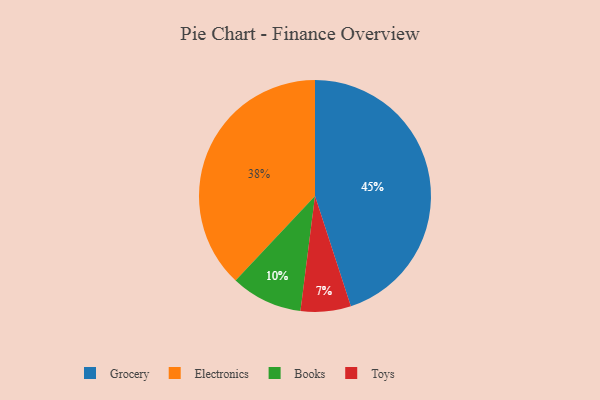
{"axis": {"x": "Category", "y": "Percentage"}, "legend": ["Books", "Electronics", "Grocery", "Toys"], "data": [{"x": "Books", "y": 10, "type": "Books"}, {"x": "Grocery", "y": 45, "type": "Grocery"}, {"x": "Toys", "y": 7, "type": "Toys"}, {"x": "Electronics", "y": 38, "type": "Electronics"}]}